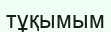
тұқымым